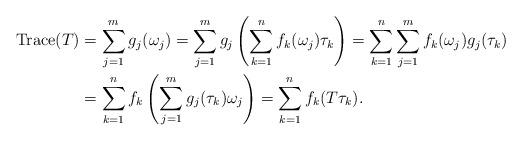
LaTeX: \begin{align*}\operatorname{Trace}(T)&=\sum_{j=1}^mg_j(\omega_j)=\sum_{j=1 }^mg_j\left(\sum_{k=1 }^nf_k(\omega_j)\tau_k\right)=\sum_{k=1}^n\sum_{j=1}^mf_k(\omega_j)g_j(\tau_k)\\&=\sum_{k=1}^nf_k\left(\sum_{j=1}^mg_j(\tau_k)\omega_j\right)=\sum_{k=1}^nf_k(T\tau_k).\end{align*}